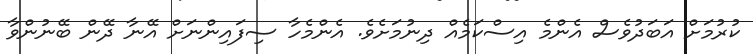
ކުރުމަށް އަބަދުވެސް އެންމެ އިސްކަމެއް ދިނުމަށެވެ. އެންމެހާ ސިފައިންނަށް އޭނާ ދޭން ބޭނުންވާ